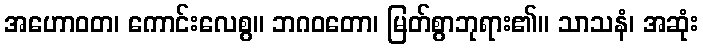
အဟောဝတ၊ ကောင်းလေစွ။ ဘဂဝတော၊ မြတ်စွာဘုရား၏။ သာသနံ၊ အဆုံး